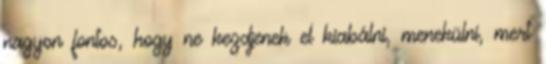
nagyon fontos, hogy ne kezdjenek el kiabálni, menekülni, mert